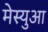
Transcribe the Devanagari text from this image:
मेस्युआ